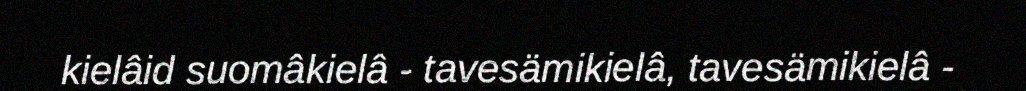
kielâid suomâkielâ - tavesämikielâ, tavesämikielâ -